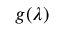
g ( \lambda )